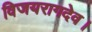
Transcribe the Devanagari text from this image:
विजयरागदेव।